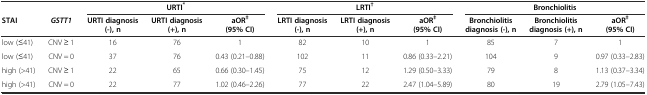
| <COLSPAN=2>  | <COLSPAN=3> URTI* | <COLSPAN=3> LRTI† | <COLSPAN=3> Bronchiolitis |
 | STAI | GSTT1 | URTI diagnosis (-), n | URTI diagnosis (+), n | aOR‡ (95% CI) | LRTI diagnosis (-), n | LRTI diagnosis (+), n | aOR‡ (95% CI) | Bronchiolitis diagnosis (-), n | Bronchiolitis diagnosis (+), n | aOR‡ (95% CI) |
 | --- | --- | --- | --- | --- | --- | --- | --- | --- | --- | --- |
 | low (≤41) | CNV ≥ 1 | 16 | 76 | 1 | 82 | 10 | 1 | 85 | 7 | 1 |
 | low (≤41) | CNV = 0 | 37 | 76 | 0.43 (0.21–0.88) | 102 | 11 | 0.86 (0.33–2.21) | 104 | 9 | 0.97 (0.33–2.83) |
 | high (>41) | CNV ≥ 1 | 22 | 65 | 0.66 (0.30–1.45) | 75 | 12 | 1.29 (0.50–3.33) | 79 | 8 | 1.13 (0.37–3.34) |
 | high (>41) | CNV = 0 | 22 | 77 | 1.02 (0.46–2.26) | 77 | 22 | 2.47 (1.04–5.89) | 80 | 19 | 2.79 (1.05–7.43) |